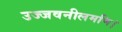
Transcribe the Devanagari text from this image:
उज्जवनीलमणि।